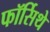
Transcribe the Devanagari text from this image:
फॉर्सिथे